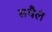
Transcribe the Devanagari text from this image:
सचैलं